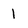
Character: 1